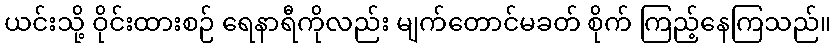
ယင်းသို့ ဝိုင်းထားစဉ် ရေနာရီကိုလည်း မျက်တောင်မခတ် စိုက် ကြည့်နေကြသည်။